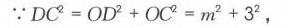
$\because DC^{2}=OD^{2}+OC^{2}=m^{2}+3^{2}$，